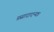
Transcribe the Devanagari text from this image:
प्रसादादन्यत्र